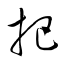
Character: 把